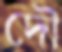
দৌ